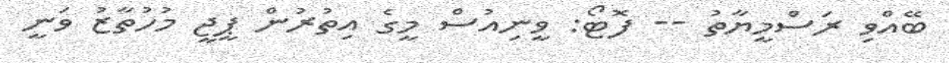
ބޭއްވި ރަސްމީޔާތު -- ފޮޓޯ: ވީނިއުސް މީގެ އިތުރުން ޕީޖީ މުހުތާޒު ވަނީ